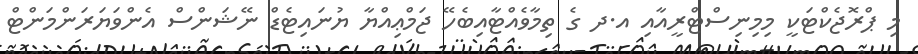
މި ޕްރޮޖެކްޓަކީ މިމިނިސްޓްރީއާއި އ.ދ ގެ ތިމާވެއްޓާއިބެހޭ ޖަމްޢިއްޔާ ޔުނައިޓެޑް ނޭޝަންސް އެންވަޔަރަންމަންޓް